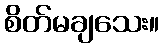
စိတ်မချသေး။